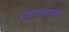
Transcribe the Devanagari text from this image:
स्वरांजली